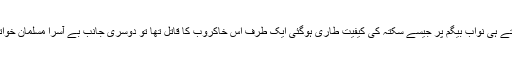
یہ مطالبہ سنتے ہی نواب بیگم پر جیسے سکتہ کی کیفیت طاری ہوگئی ایک طرف اس خاکروب کا قاتل تھا تو دوسری جانب بے آسرا مسلمان خواتین اور بچے۔